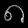
Digit: ၈